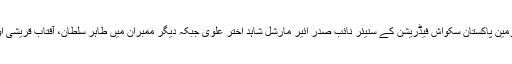
سلیکشن کمیٹی کے چیئرمین پاکستان سکواش فیڈریشن کے سنیئر نائب صدر ائیر مارشل شاہد اختر علوی جبکہ دیگر ممبران میں طاہر سلطان، آفتاب قریشی اور عامر اقبال شامل ہیں۔